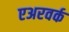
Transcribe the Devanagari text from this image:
एअरवर्क